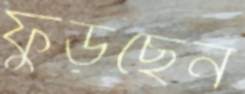
ফুঁড়ছেন